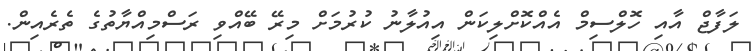
ލަފާޖް އާއި ހޮލްސިމް އެއްކޮށްލިކަން އިއުލާނު ކުރުމަށް މިރޭ ބޭއްވި ރަސްމިއްޔާތުގެ ތެރެއިން.